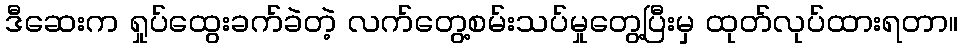
ဒီဆေးက ရှုပ်ထွေးခက်ခဲတဲ့ လက်တွေ့စမ်းသပ်မှုတွေ့ပြီးမှ ထုတ်လုပ်ထားရတာ။